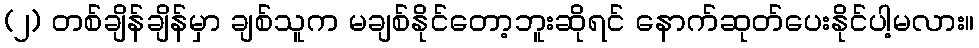
(၂) တစ်ချိန်ချိန်မှာ ချစ်သူက မချစ်နိုင်တော့ဘူးဆိုရင် နောက်ဆုတ်ပေးနိုင်ပါ့မလား။